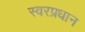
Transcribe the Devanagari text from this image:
स्वरप्रधान